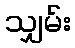
သျှမ်း